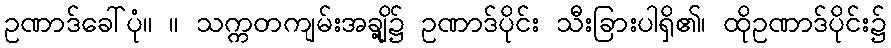
ဥဏာဒ်ခေါ်ပုံ။ ။ သက္ကတကျမ်းအချို့၌ ဥဏာဒ်ပိုင်း သီးခြားပါရှိ၏၊ ထိုဥဏာဒ်ပိုင်း၌